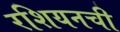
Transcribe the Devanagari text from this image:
रशियनची